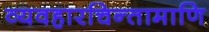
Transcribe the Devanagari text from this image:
व्यवहारचिन्तामाणि